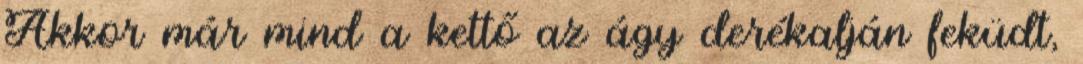
Akkor már mind a kettő az ágy derékalján feküdt,